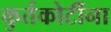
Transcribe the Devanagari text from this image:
कुर्तकोटींना